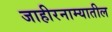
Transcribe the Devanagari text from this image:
जाहीरनाम्यातील